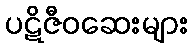
ပဋိဇီဝဆေးများ